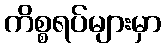
ကိစ္စရပ်များမှာ